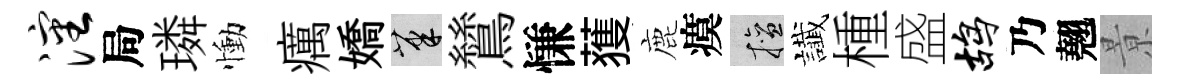
沈局璘慟癘嬌筆鷥慊𫉬鹿瘼擅䜟㮔盛鸪乃翹㬌